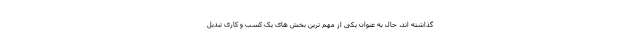
گذاشته اند، حال به عنوان یکی از مهم ترین بخش های یک کسب و کاری تبدیل